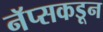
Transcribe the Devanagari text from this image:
नॅप्सकडून